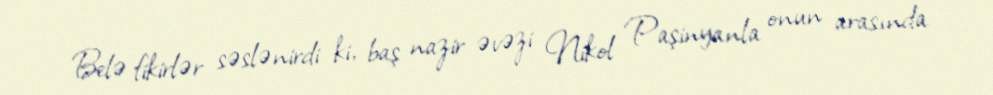
Belə fikirlər səslənirdi ki, baş nazir əvəzi Nikol Paşinyanla onun arasında